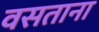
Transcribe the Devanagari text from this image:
वसताना